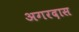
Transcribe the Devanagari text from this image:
अगरदास